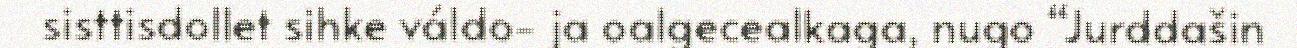
sisttisdollet sihke váldo- ja oalgecealkaga, nugo “Jurddašin